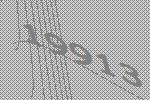
19913